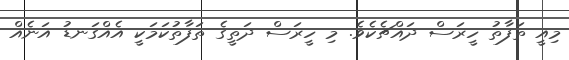
މިއީ ތަފާތު ހީރަސް ދައްޗެކެވެ. މި ހީރަސް ދަތީގެ ތަފާތުކަމަކީ އެއްގަނޑު އަނެއް